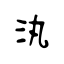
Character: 汍